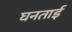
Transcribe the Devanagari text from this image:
घनताई